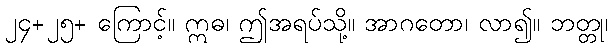
၂၄+၂၅+ ကြောင့်။ ဣဓ၊ ဤအရပ်သို့။ အာဂတော၊ လာ၍။ ဘတ္တု၊